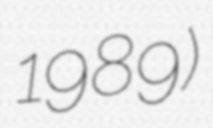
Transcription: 1989)